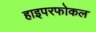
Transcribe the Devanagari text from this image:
हाइपरफोकल